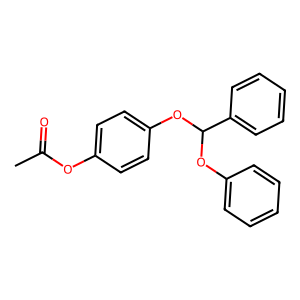
SMILES: CC(=O)Oc1ccc(OC(Oc2ccccc2)c2ccccc2)cc1
Inhibits HIV replication: Yes